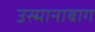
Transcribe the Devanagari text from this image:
उस्मानाबाग